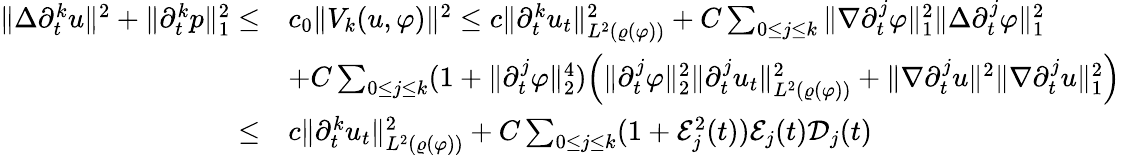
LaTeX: \begin{array}{rl}{\| \Delta\partial_{t}^{k}u\| ^{2}+\| \partial_{t}^{k}p\| _{1}^{2}\leq}&{c_{0}\| V_{k}(u,\varphi)\| ^{2}\leq c\| \partial_{t}^{k}u_{t}\| _{L^{2}(\varrho(\varphi))}^{2}+C\sum_{0\leq j\leq k}\| \nabla\partial_{t}^{j}\varphi\| _{1}^{2}\| \Delta\partial_{t}^{j}\varphi\| _{1}^{2}}\\ &{+C\sum_{0\leq j\leq k}(1+\| \partial_{t}^{j}\varphi\| _{2}^{4})\Big(\| \partial_{t}^{j}\varphi\| _{2}^{2}\| \partial_{t}^{j}u_{t}\| _{L^{2}(\varrho(\varphi))}^{2}+\| \nabla\partial_{t}^{j}u\| ^{2}\| \nabla\partial_{t}^{j}u\| _{1}^{2}\Big)}\\ {\leq}&{c\| \partial_{t}^{k}u_{t}\| _{L^{2}(\varrho(\varphi))}^{2}+C\sum_{0\leq j\leq k}(1+\mathcal{E}_{j}^{2}(t))\mathcal{E}_{j}(t)\mathcal{D}_{j}(t)}\end{array}